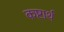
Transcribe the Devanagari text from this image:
कष्टार्थ